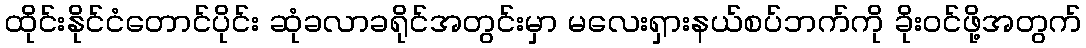
ထိုင်းနိုင်ငံတောင်ပိုင်း ဆုံခလာခရိုင်အတွင်းမှာ မလေးရှားနယ်စပ်ဘက်ကို ခိုးဝင်ဖို့အတွက်